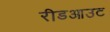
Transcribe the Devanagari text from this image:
रीडआउट